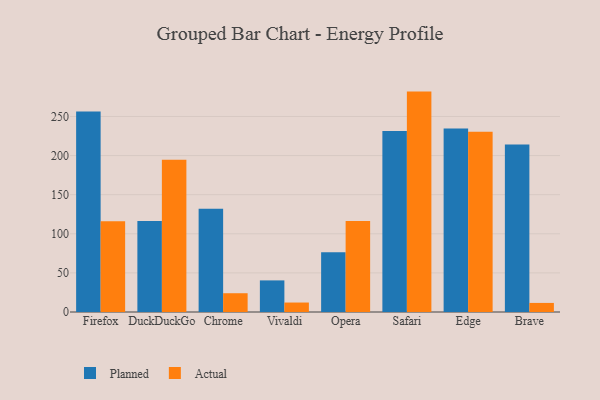
{"axis": {"x": "Browser", "y": "Revenue (USD Million)"}, "legend": ["Actual", "Planned"], "data": [{"x": "Firefox", "y": 256.5, "type": "Planned"}, {"x": "Firefox", "y": 115.9, "type": "Actual"}, {"x": "DuckDuckGo", "y": 116.3, "type": "Planned"}, {"x": "DuckDuckGo", "y": 194.7, "type": "Actual"}, {"x": "Chrome", "y": 131.9, "type": "Planned"}, {"x": "Chrome", "y": 24.0, "type": "Actual"}, {"x": "Vivaldi", "y": 40.4, "type": "Planned"}, {"x": "Vivaldi", "y": 12.1, "type": "Actual"}, {"x": "Opera", "y": 76.3, "type": "Planned"}, {"x": "Opera", "y": 116.5, "type": "Actual"}, {"x": "Safari", "y": 231.4, "type": "Planned"}, {"x": "Safari", "y": 281.8, "type": "Actual"}, {"x": "Edge", "y": 234.6, "type": "Planned"}, {"x": "Edge", "y": 230.5, "type": "Actual"}, {"x": "Brave", "y": 214.3, "type": "Planned"}, {"x": "Brave", "y": 11.6, "type": "Actual"}]}